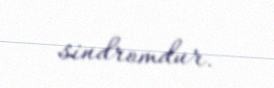
sindromdur.